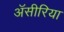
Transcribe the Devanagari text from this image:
ॲसीरिया